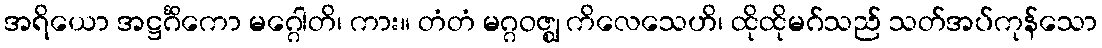
အရိယော အဋ္ဌင်္ဂိကော မဂ္ဂေါတိ၊ ကား။ တံတံ မဂ္ဂဝဇ္ဈ ကိလေသေဟိ၊ ထိုထိုမဂ်သည် သတ်အပ်ကုန်သော